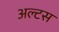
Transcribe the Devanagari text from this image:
अल्टस